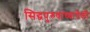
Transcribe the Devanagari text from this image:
सिद्धपुरुषांच्यापैकी